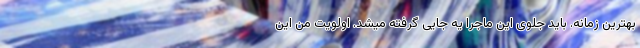
بهترین زمانه. باید جلوی این ماجرا یه جایی گرفته میشد. اولویت من این